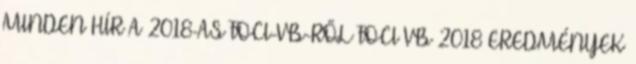
MINDEN HÍR A 2018-AS FOCI-VB-RŐL FOCI VB 2018 EREDMÉNYEK